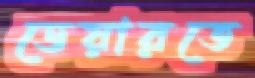
ডেয়ারতে